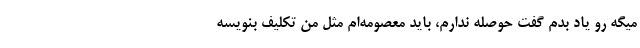
میگه رو یاد بدم گفت حوصله ندارم، باید معصومه‌ام مثل من تکلیف بنویسه